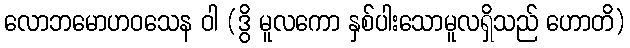
လောဘမောဟဝသေန ဝါ (ဒွိ မူလကော နှစ်ပါးသောမူလရှိသည် ဟောတိ)